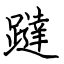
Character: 躂